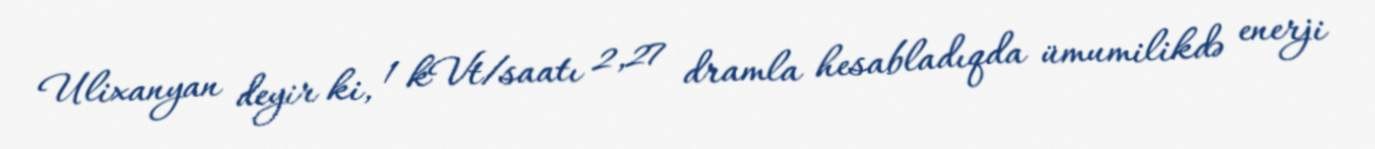
Ulixanyan deyir ki, 1 kVt/saatı 2,27 dramla hesabladıqda ümumilikdə enerji